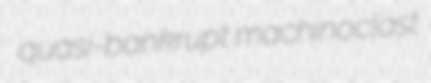
quasi-bankrupt machinoclast